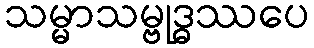
သမ္မာသမ္ဗုဒ္ဓဿပေ